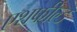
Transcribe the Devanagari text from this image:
एशफील्ड